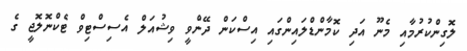
ލޮގިންކުރުމާއި މެނޫ އަދި ކޮމާންޑްލައިންގައި އިސްކަން ދޭންވީ ވިޝުއަލް އެސިސްޓިވް ޓެކްނޮލޮޖީ ގެ